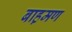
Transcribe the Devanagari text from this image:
बाह़मण